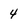
Character: 4